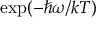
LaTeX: \exp ( - \hbar \omega / k T )